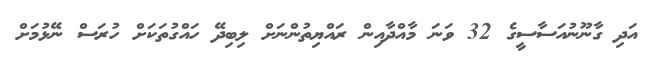
އަދި ގާނޫނުއަސާސީގެ 32 ވަނަ މާއްދާއިން ރައްޔިތުންނަށް ލިބިދޭ ހައްގުތަކަށް ހުރަސް ނޭޅުމަށް